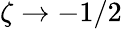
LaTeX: \zeta\rightarrow-1/2